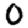
Digit: 0